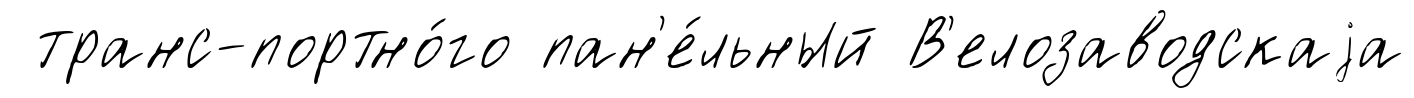
транс-портно́го пан'е́льный В'елозаводскаjа